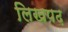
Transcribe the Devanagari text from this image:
लिखपढ़